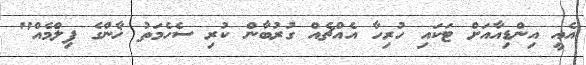
އެއީ އިންޑިއާއަށް ޓަކައި ހުރިހާ އެއްޗެއް ގުރުބާން ކުރި ސެހެމަތު ޚާންގެ ފިލްމެއް"